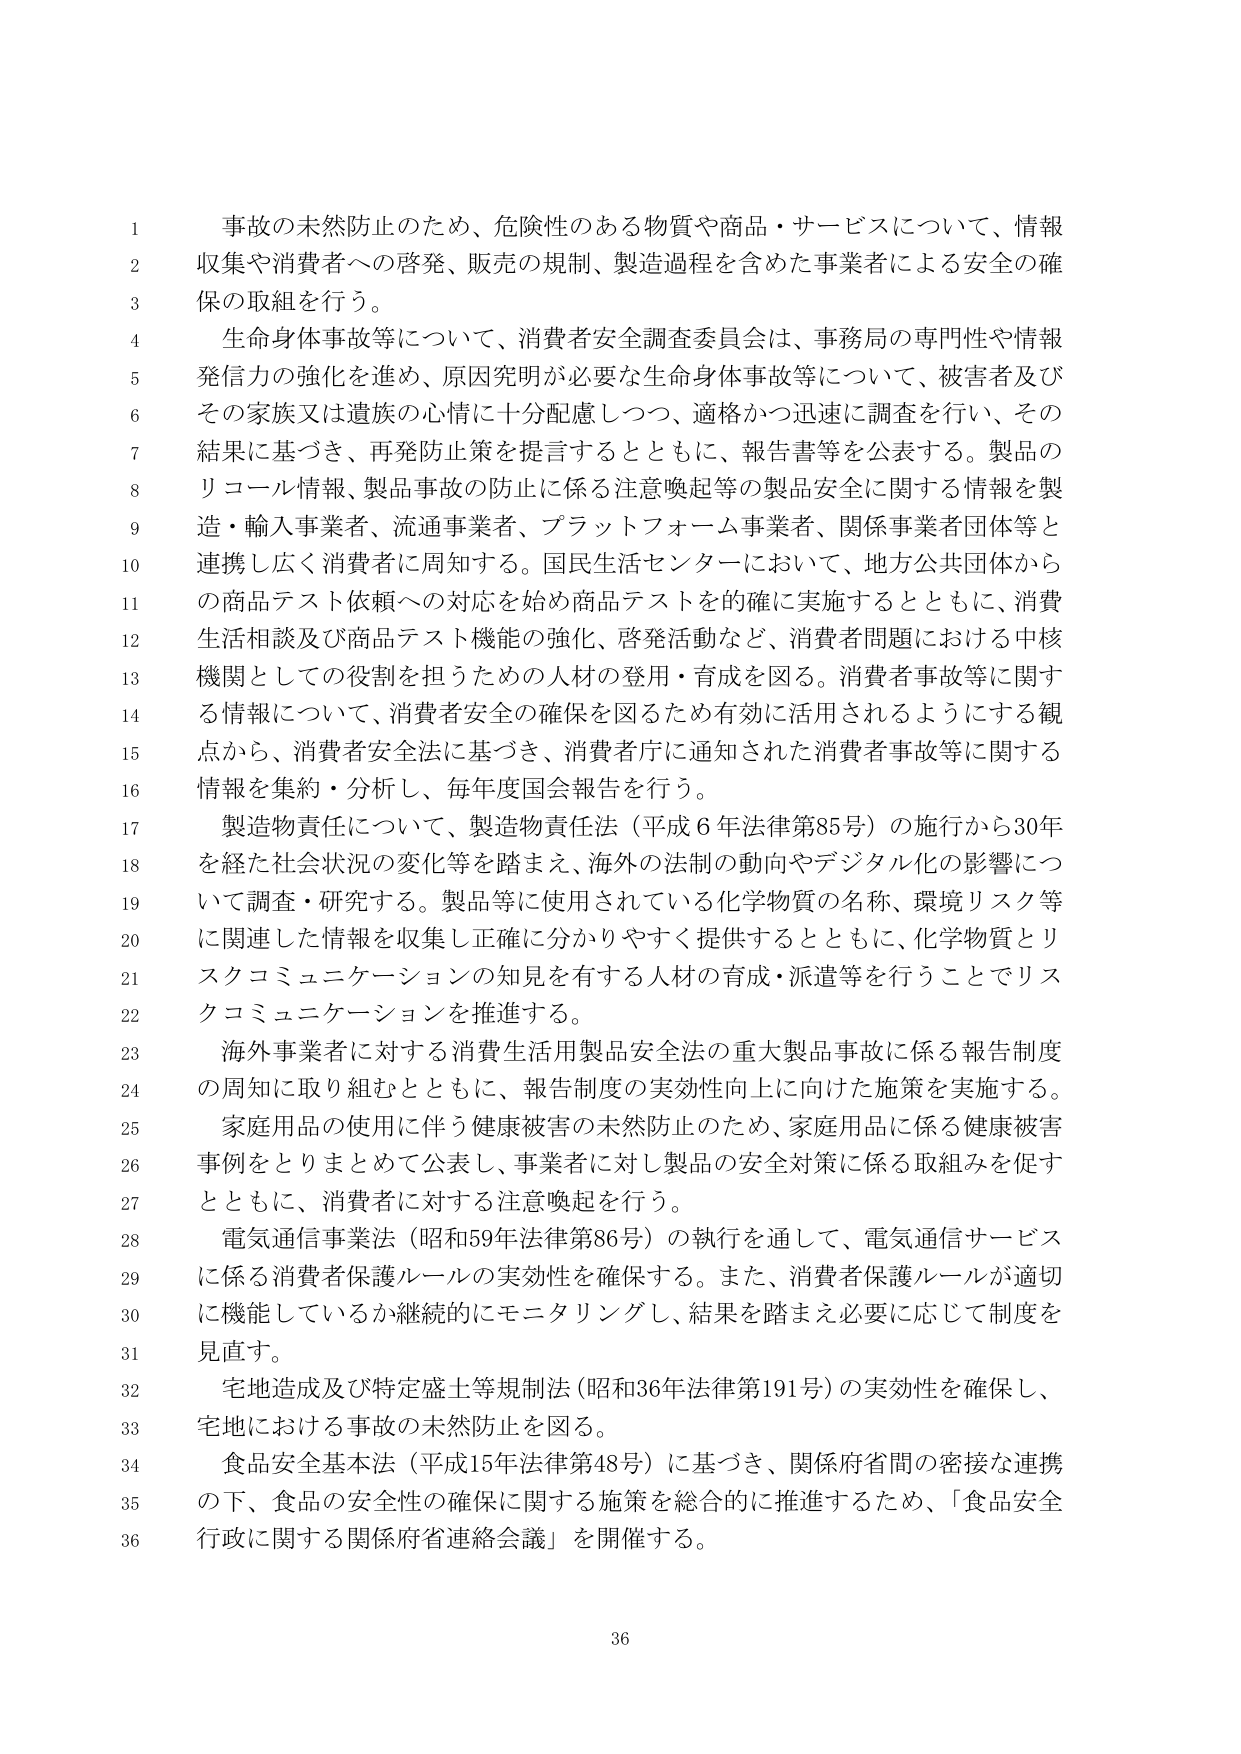
事故の未然防止のため、危険性のある物質や商品・サービスについて、情報
収集や消費者への啓発、販売の規制、製造過程を含めた事業者による安全の確
保の取組を行う。
生命身体事故等について、消費者安全調査委員会は、事務局の専門性や情報
発信力の強化を進め、原因究明が必要な生命身体事故等について、被害者及び
その家族又は遺族の心情に十分配慮しつつ、適格かつ迅速に調査を行い、その
結果に基づき、再発防止策を提言するとともに、報告書等を公表する。製品の
リコール情報、製品事故の防止に係る注意喚起等の製品安全に関する情報を製
造・輸入事業者、流通事業者、プラットフォーム事業者、関係事業者団体等と
連携し広く消費者に周知する。国民生活センターにおいて、地方公共団体から
の商品テスト依頼への対応を始め商品テストを確に実施するとともに、消費
生活相談及び商品テスト機能の強化、啓発活動など、消費者問題における中核
機関としての役割を担うための人材の登用・育成を図る。消費者事故等に関す
る情報について、消費者安全の確保を図るため有効に活用されるようにする観
点から、消費者安全法に基づき、消費者庁に通知された消費者事故等に関する
情報を集約・分析し、毎年度国会報告を行う。
製造物責任について、製造物責任法（平成６年法律第85号）の施行から30年
を経て社会状況の変化等を踏まえ、海外の法制の動向やデジタル化の影響につ
いて調査・研究する。製品等に使用されている化学物質の名称、環境リスク等
に関連した情報を収集し正確に分かりやすく提供するとともに、化学物質とリ
スクコミュニケーションの知見を有する人材の育成・派遣等を行うことでリス
クコミュニケーションを推進する。
海外事業者に対する消費生活用製品安全法の重大製品事故に係る報告制度
の周知に取り組むとともに、報告制度の実効性向上に向けた施策を実施する。
家庭用品の使用に伴う健康被害の未然防止のため、家庭用品に係る健康被害
事例をとりまとめて公表し、事業者に対し製品の安全対策に係る取組みを促す
とともに、消費者に対する注意喚起を行う。
電気通信事業法（昭和59年法律第86号）の執行を通して、電気通信サービス
に係る消費者保護ルールの実効性を確保する。また、消費者保護ルールが適切
に機能しているか継続的にモニタリングし、結果を踏まえ必要に応じて制度を
見直す。
宅地造成及び特定盛土等規制法（昭和36年法律第191号）の実効性を確保し、
宅地における事故の未然防止を図る。
食品安全基本法（平成15年法律第48号）に基づき、関係府省間の密接な連携
の下、食品の安全性の確保に関する施策を総合的に推進するため、「食品安全
行政に関する関係府省連絡会議」を開催する。
36